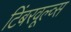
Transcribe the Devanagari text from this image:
टिंबरवूल्व्स